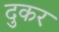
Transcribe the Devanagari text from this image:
दुकर